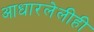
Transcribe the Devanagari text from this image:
आधारलेलीही